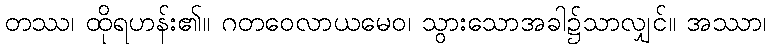
တဿ၊ ထိုရဟန်း၏။ ဂတဝေလာယမေဝ၊ သွားသောအခါ၌သာလျှင်။ အဿာ၊